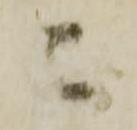
ニ